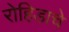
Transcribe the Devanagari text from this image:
रोहिडाचे